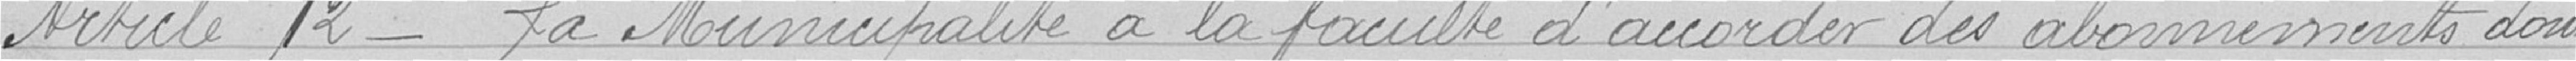
Article 12 - La Municipalité a la faculté d'accorder des abonnements dont